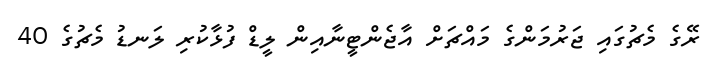
ރޭގެ މެޗުގައި ޖަރުމަންގެ މައްޗަށް އާޖެންޓީނާއިން ލީޑް ފުޅާކުރި ލަނޑު މެޗުގެ 40